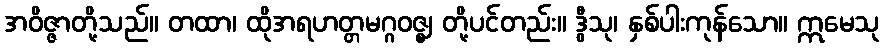
အဝိဇ္ဇာတို့သည်။ တထာ၊ ထိုအရဟတ္တမဂ္ဂဝဇ္ဈ တို့ပင်တည်း။ ဒွီသု၊ နှစ်ပါးကုန်သော။ ဣမေသု